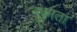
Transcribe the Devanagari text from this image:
नूकाता